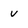
Character: v